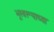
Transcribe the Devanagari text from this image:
भूस्वरूपाच्या